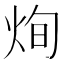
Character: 𤈎